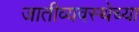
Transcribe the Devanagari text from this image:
जातीव्यवस्थेच्या